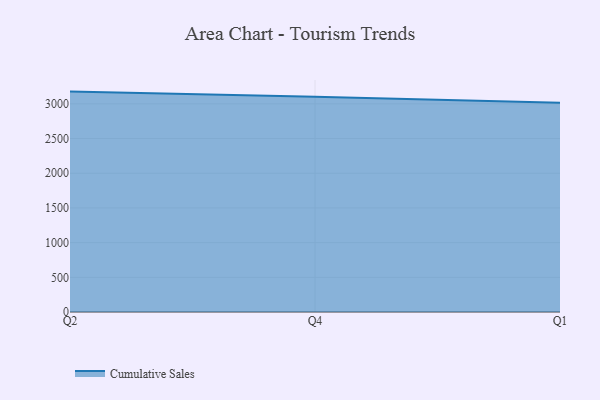
{"axis": {"x": "Quarter", "y": "Operating Costs (USD K)"}, "legend": ["Cumulative Sales"], "data": [{"x": "Q2", "y": 3177.2, "type": "Cumulative Sales"}, {"x": "Q4", "y": 3104.0, "type": "Cumulative Sales"}, {"x": "Q1", "y": 3017.5, "type": "Cumulative Sales"}]}